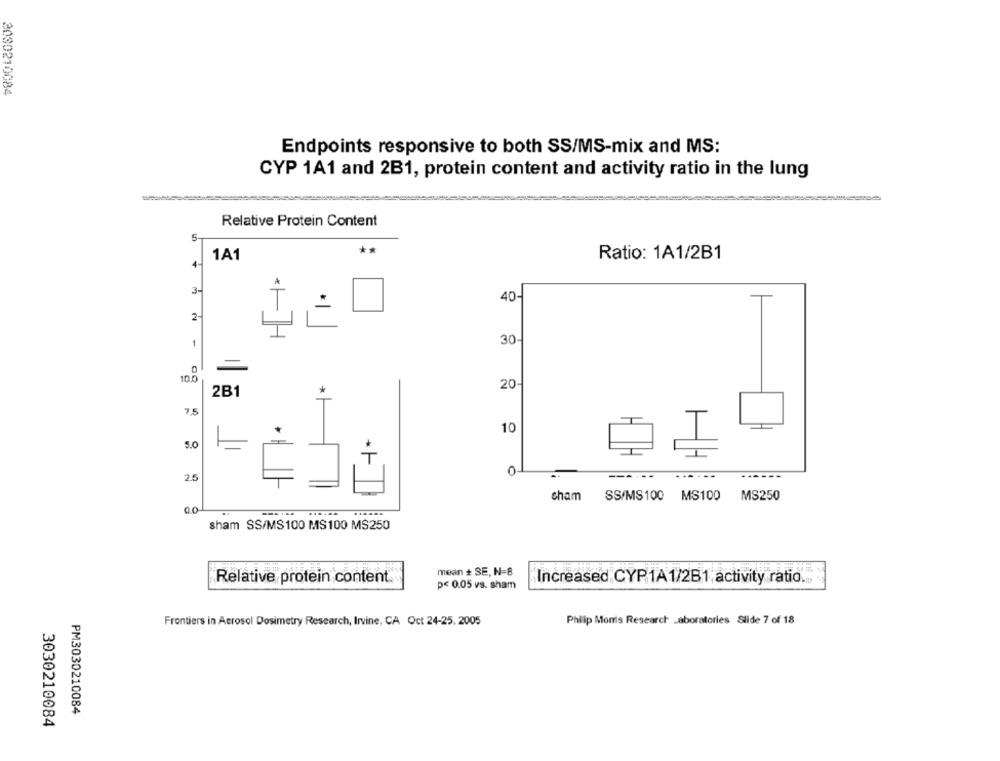
3030210084
Endpoints responsive to both SS/MS-mix and MS:
CYP 1A1 and 2B1, protein content and activity ratio in the lung
Relative Protein Content
5-
**
1A1
Ratio: 1A1/2B1
4-
3-
40
NJ
*+ H
1
30
-
10.0
20
2B1
* 1
7,5
10
5.0
0
2.5
cham
SS/MS 100 MS100
MS250
00
sham SS/MS100 MS 100 MS250
Relative protein content
mean + SE, N=8
p< 0.05 vs. sham
Increased CYP1A1/2B1, activity ratio.m.
Frontiers in Aerosol Dosimetry Research, Irvine, CA Oct 24-25. 2005
Philip Monis Research Laboratories Slide 7 of 18
PM3030210084
3030210084